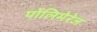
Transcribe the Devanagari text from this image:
पोलिमेरेज